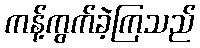
ကန့်ကွက်ခဲ့ကြသည်